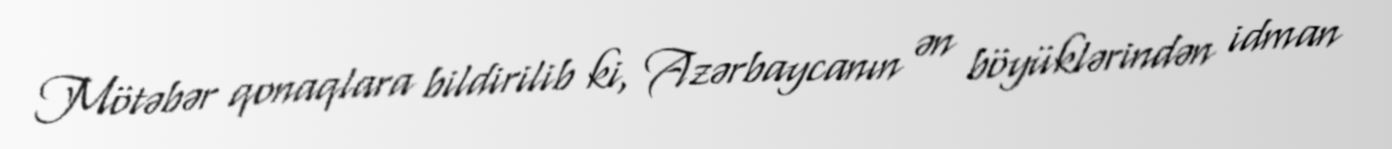
Mötəbər qonaqlara bildirilib ki, Azərbaycanın ən böyüklərindən idman